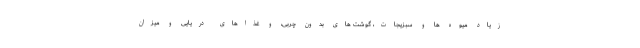
زیاد میوه ها و سبزیجات، گوشت های بدون چربی، و غذاهای دریایی و میزان